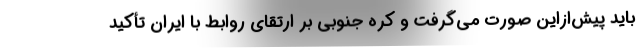
باید پیش‌ازاین صورت می‌گرفت و کره جنوبی بر ارتقای روابط با ایران تأکید